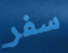
سفر